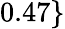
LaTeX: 0.47\}